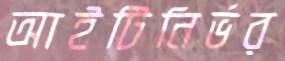
আইটিনির্ভর